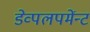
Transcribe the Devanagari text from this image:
डेव्पलपमेंन्ट